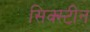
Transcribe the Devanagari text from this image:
सिक्स्टीन